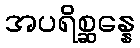
အပရိစ္ဆန္နေ